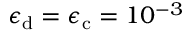
\epsilon _ { \mathrm { d } } = \epsilon _ { \mathrm { c } } = 1 0 ^ { - 3 }